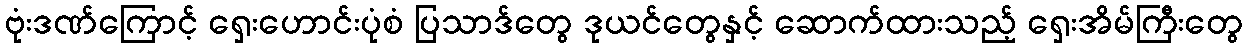
ဗုံးဒဏ်ကြောင့် ရှေးဟောင်းပုံစံ ပြသာဒ်တွေ ဒုယင်တွေနှင့် ဆောက်ထားသည့် ရှေးအိမ်ကြီးတွေ